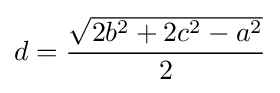
d={\frac {\sqrt {2b^{2}+2c^{2}-a^{2}}}{2}}